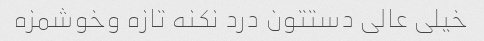
خیلی عالی دستتون درد نکنه تازه وخوشمزه